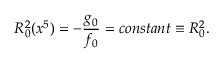
R _ { 0 } ^ { 2 } ( x ^ { 5 } ) = - \frac { g _ { 0 } } { f _ { 0 } } = c o n s t a n t \equiv R _ { 0 } ^ { 2 } .